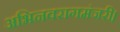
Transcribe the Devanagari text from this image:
अभिनवरागमंजरी।